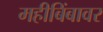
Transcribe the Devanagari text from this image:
महीबिंबावर